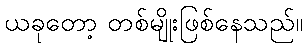
ယခုတော့ တစ်မျိုးဖြစ်နေသည်။